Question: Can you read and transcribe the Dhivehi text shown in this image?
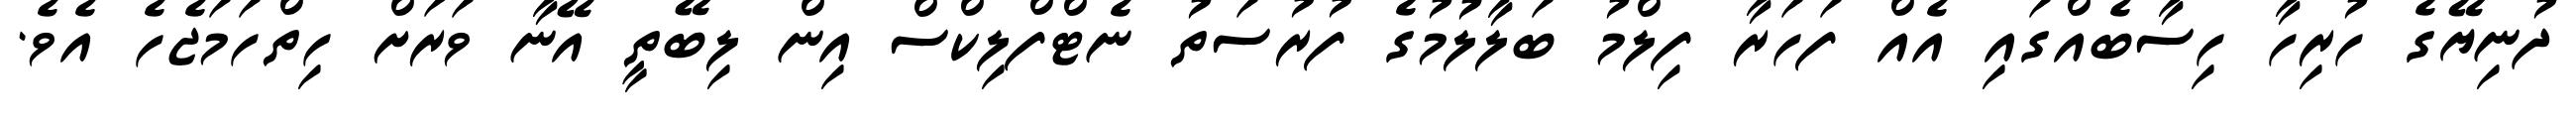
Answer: ދުނިޔޭގެ ހުރިހާ ހިސާބެއްގައި އެއް ފަހަރާ ފިލްމު ބަލާލުމުގެ ފުރުސަތު ނެޓްފްލިކްސް އިން ލިބޭތީ އޭނާ ވަރަށް ހިތްހަމަޖެހެ އެވެ.